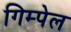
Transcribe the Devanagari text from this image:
गिम्पेल